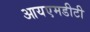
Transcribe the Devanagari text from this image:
आयएमडीटी